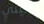
بنيتي